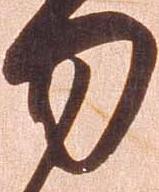
勿